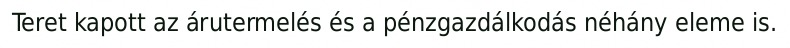
Teret kapott az árutermelés és a pénzgazdálkodás néhány eleme is.